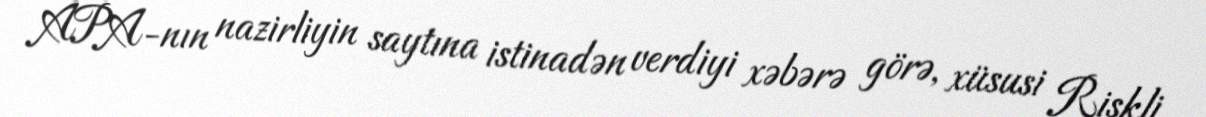
APA-nın nazirliyin saytına istinadən verdiyi xəbərə görə, xüsusi Riskli